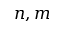
n , m